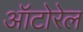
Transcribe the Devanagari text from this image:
ऑटोरेल